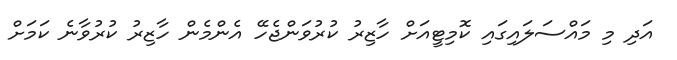
އަދި މި މައްސަލައިގައި ކޮމިޓީއަށް ހާޒިރު ކުރުވަންޖެހޭ އެންމެން ހާޒިރު ކުރުވާނެ ކަމަށް